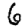
Digit: 6